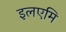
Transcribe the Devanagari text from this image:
इलएमि